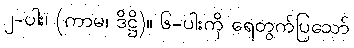
၂-ပါး၊ (ကာမ၊ ဒိဋ္ဌိ)။ ၆-ပါးကို ရေတွက်ပြသော်